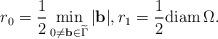
LaTeX: \begin{align*}r_0 = \frac{1}{2} \min_{0 \ne {\mathbf b}\in \widetilde{\Gamma}} |{\mathbf b}|,r_1 = \frac{1}{2} {\rm diam}\, \Omega.\end{align*}